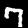
Digit: 7